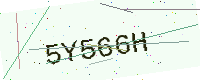
Text: 5Y566H